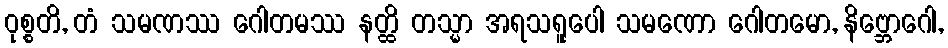
ဝုစ္စတိ, တံ သမဏဿ ဂေါတမဿ နတ္ထိ တသ္မာ အရသရူပေါ သမဏော ဂေါတမော, နိဗ္ဘောဂေါ,